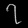
Digit: ၇